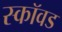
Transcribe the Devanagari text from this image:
स्कॉवड